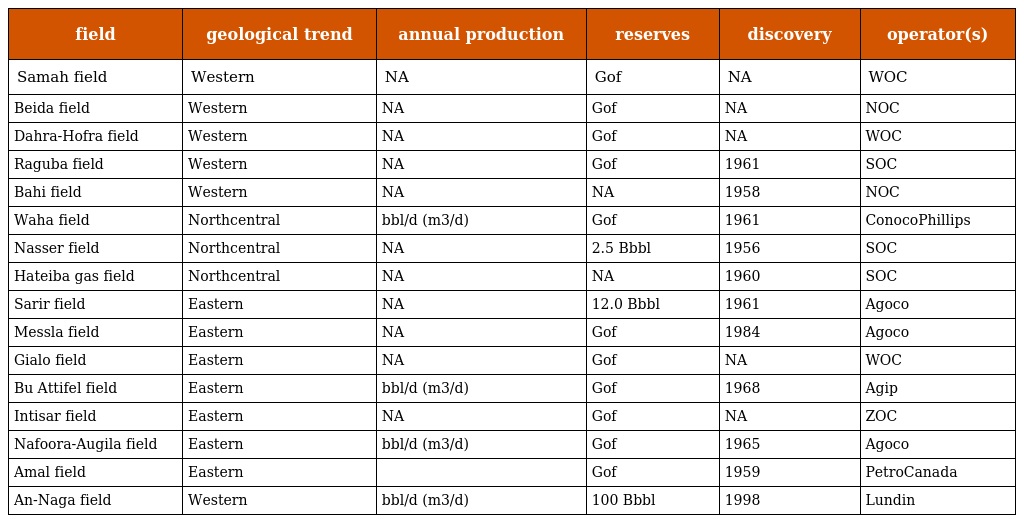
| field | geological trend | annual production | reserves | discovery | operator(s) |
 | --- | --- | --- | --- | --- | --- |
 | Samah field | Western | NA | Gof | NA | WOC |
 | Beida field | Western | NA | Gof | NA | NOC |
 | Dahra-Hofra field | Western | NA | Gof | NA | WOC |
 | Raguba field | Western | NA | Gof | 1961 | SOC |
 | Bahi field | Western | NA | NA | 1958 | NOC |
 | Waha field | Northcentral | bbl/d (m3/d) | Gof | 1961 | ConocoPhillips |
 | Nasser field | Northcentral | NA | 2.5 Bbbl | 1956 | SOC |
 | Hateiba gas field | Northcentral | NA | NA | 1960 | SOC |
 | Sarir field | Eastern | NA | 12.0 Bbbl | 1961 | Agoco |
 | Messla field | Eastern | NA | Gof | 1984 | Agoco |
 | Gialo field | Eastern | NA | Gof | NA | WOC |
 | Bu Attifel field | Eastern | bbl/d (m3/d) | Gof | 1968 | Agip |
 | Intisar field | Eastern | NA | Gof | NA | ZOC |
 | Nafoora-Augila field | Eastern | bbl/d (m3/d) | Gof | 1965 | Agoco |
 | Amal field | Eastern |  | Gof | 1959 | PetroCanada |
 | An-Naga field | Western | bbl/d (m3/d) | 100 Bbbl | 1998 | Lundin |